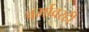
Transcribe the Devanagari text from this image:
बर्मावरही